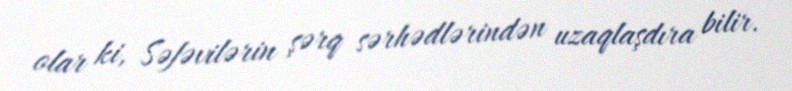
olar ki, Səfəvilərin şərq sərhədlərindən uzaqlaşdıra bilir.